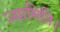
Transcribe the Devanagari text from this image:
ज्यामिति।